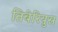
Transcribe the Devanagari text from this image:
तिबेरियुस